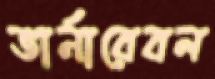
ভার্নারেবল